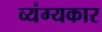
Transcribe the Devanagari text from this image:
व्‍यंग्‍यकार